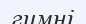
гимні